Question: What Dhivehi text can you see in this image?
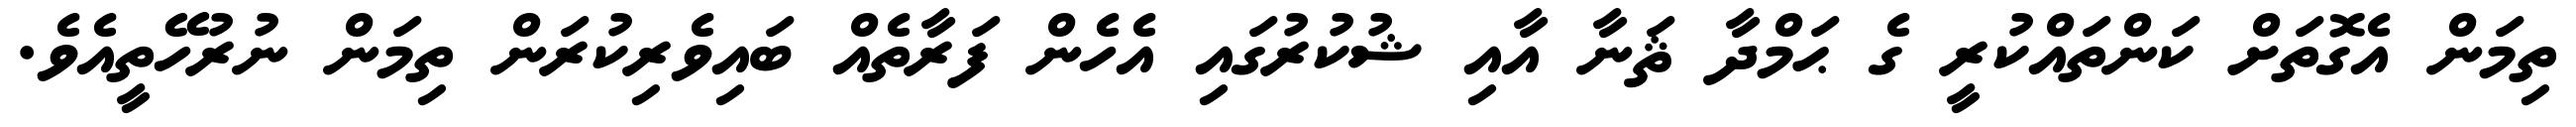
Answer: ތިމަން އެގޮތަށް ކަންތައްކުރީ ގެ ޙަމްދާ ޘަނާ އާއި ޝުކުރުގައި އެހެން ފަރާތެއް ބައިވެރިކުރަން ތިމަން ނުރުހޭތީއެވެ.